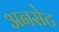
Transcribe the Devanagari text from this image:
अनसेट